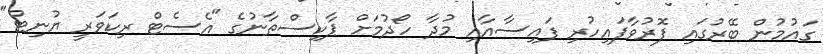
ގައުމުން ބޭރުގައި ފޮރުވާފައިހުރި ފައިސާއާއި މުދާ ހޯދުމަށް ޕާކިސްތާނުގެ "އެސެޓް ރިކަވަރީ ޔުނިޓް"